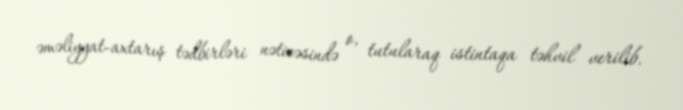
əməliyyat-axtarış tədbirləri nəticəsində o, tutularaq istintaqa təhvil verilib.